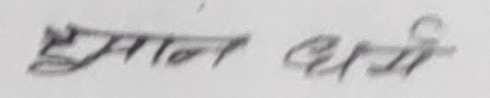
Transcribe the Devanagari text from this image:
हेमान थर्पी